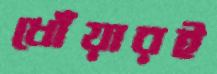
ধোঁয়ারই